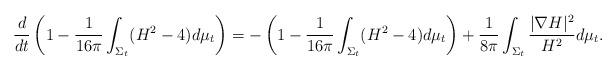
LaTeX: \begin{align*}\frac{d}{dt}\left(1-\frac{1}{16\pi}\int_{\Sigma_t} (H^2-4)d\mu_t\right)&=-\left(1-\frac{1}{16\pi}\int_{\Sigma_t} (H^2-4)d\mu_t\right)+\frac{1}{8\pi}\int_{\Sigma_t}\frac{|\nabla H|^2}{H^2}d\mu_t.\end{align*}